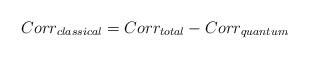
LaTeX: \begin{align*}Corr_{classical} = Corr_{total} - Corr_{quantum}\end{align*}